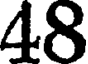
48